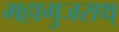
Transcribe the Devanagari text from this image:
महागुजराथ्